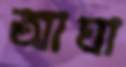
আঘা